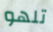
تلهو